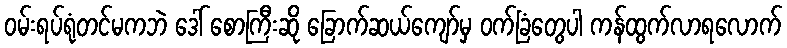
ဝမ်းရပ်ရုံတင်မကဘဲ ဒေါ် စောကြီးဆို ခြောက်ဆယ်ကျော်မှ ဝက်ခြံတွေပါ ကန်ထွက်လာရလောက်